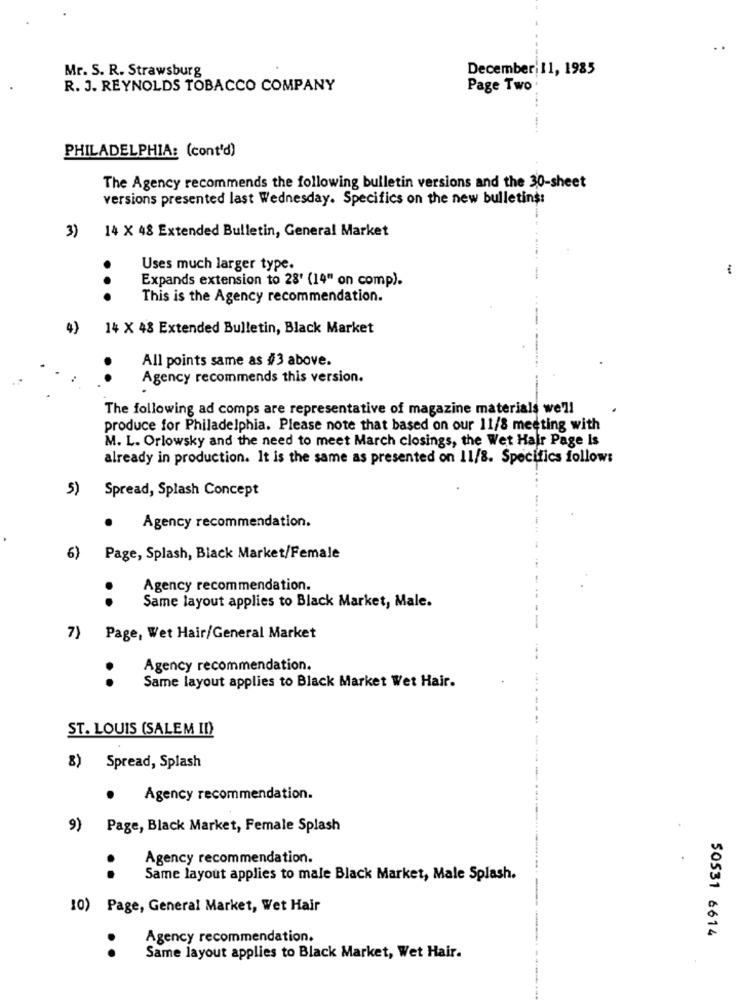
Mr. S. R. Strawsburg
December: 11, 1985
R. J. REYNOLDS TOBACCO COMPANY
Page Two
PHILADELPHIA: (cont'd)
The Agency recommends the following bulletin versions and the 30-sheet
versions presented last Wednesday. Specifics on the new bulletins:
3)
14 X 48 Extended Bulletin, General Market
Uses much larger type.
Expands extension to 28' (14" on comp).
...
This is the Agency recommendation.
14 X 48 Extended Bulletin, Black Market
All points same as #3 above.
..
Agency recommends this version.
The following ad comps are representative of magazine materials we'll
produce for Philadelphia. Please note that based on our 11/8 meeting with
M. L. Orlowsky and the need to meet March closings, the Wet Hair Page Is
already in production. It is the same as presented on 11/8. Specifics follows
5)
Spread, Splash Concept
.
Agency recommendation.
6) Page, Splash, Black Market/Female
Agency recommendation.
..
Same layout applies to Black Market, Male.
7)
Page, Wet Hair/General Market
Agency recommendation.
..
Same layout applies to Black Market Wet Hair.
ST. LOUIS (SALEM ID)
8) Spread, Splash
.
Agency recommendation.
9) Page, Black Market, Female Splash
Agency recommendation.
..
Same layout applies to male Black Market, Male Splash.
10) Page, General Market, Wet Hair
50531 6614
Agency recommendation.
..
Same layout applies to Black Market, Wet Hair.